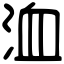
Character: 洫